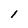
Character: l